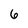
Character: 6